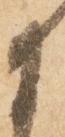
に